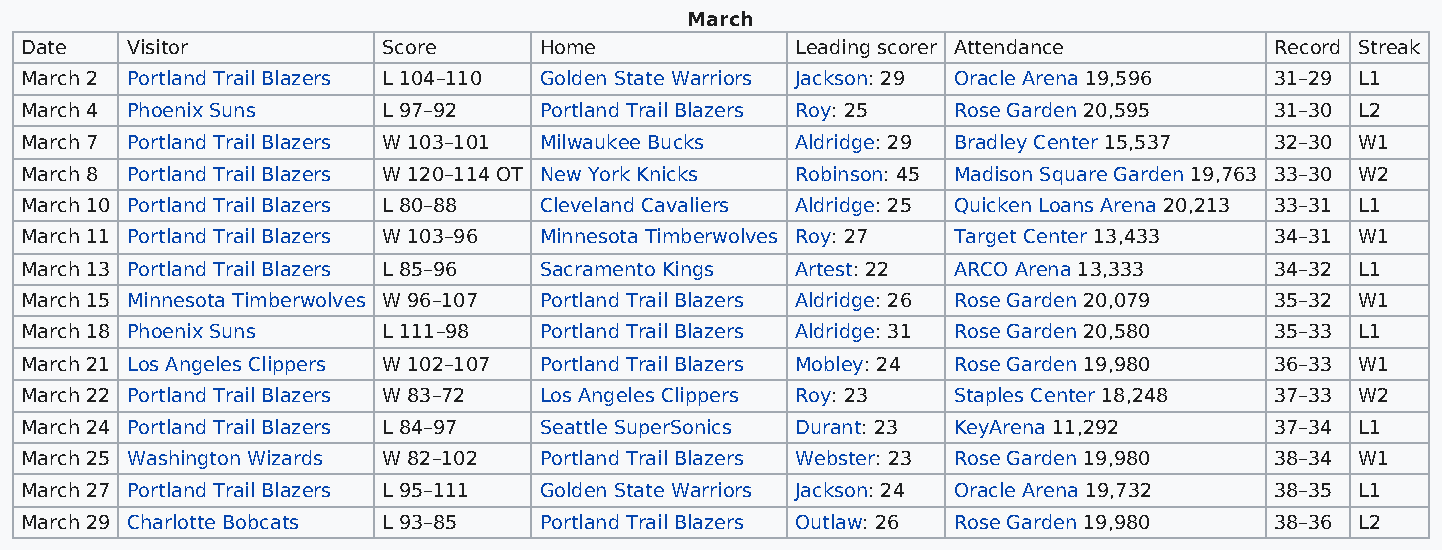
March
 Date   Visitor          Score      Home             Leading scorer Attendance      Record Streak
 March 2 Portland Trail Blazers L 104–110 Golden State Warriors Jackson: 29 Oracle Arena 19,596 31–29 L1
 March 4 Phoenix Suns    L 97–92    Portland Trail Blazers Roy: 25 Rose Garden 20,595 31–30 L2
 March 7 Portland Trail Blazers W 103–101 Milwaukee Bucks Aldridge: 29 Bradley Center 15,537 32–30 W1
 March 8 Portland Trail Blazers W 120–114 OT New York Knicks Robinson: 45 Madison Square Garden 19,763 33–30 W2
 March 10 Portland Trail Blazers L 80–88 Cleveland Cavaliers Aldridge: 25 Quicken Loans Arena 20,213 33–31 L1
 March 11 Portland Trail Blazers W 103–96 Minnesota Timberwolves Roy: 27 Target Center 13,433 34–31 W1
 March 13 Portland Trail Blazers L 85–96 Sacramento Kings Artest: 22 ARCO Arena 13,333 34–32 L1
 March 15 Minnesota Timberwolves W 96–107 Portland Trail Blazers Aldridge: 26 Rose Garden 20,079 35–32 W1
 March 18 Phoenix Suns   L 111–98   Portland Trail Blazers Aldridge: 31 Rose Garden 20,580 35–33 L1
 March 21 Los Angeles Clippers W 102–107 Portland Trail Blazers Mobley: 24 Rose Garden 19,980 36–33 W1
 March 22 Portland Trail Blazers W 83–72 Los Angeles Clippers Roy: 23 Staples Center 18,248 37–33 W2
 March 24 Portland Trail Blazers L 84–97 Seattle SuperSonics Durant: 23 KeyArena 11,292 37–34 L1
 March 25 Washington Wizards W 82–102 Portland Trail Blazers Webster: 23 Rose Garden 19,980 38–34 W1
 March 27 Portland Trail Blazers L 95–111 Golden State Warriors Jackson: 24 Oracle Arena 19,732 38–35 L1
 March 29 Charlotte Bobcats L 93–85 Portland Trail Blazers Outlaw: 26 Rose Garden 19,980 38–36 L2